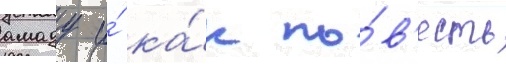
амаду и́ ка́к по́в'есть